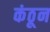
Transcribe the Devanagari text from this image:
कंठून